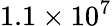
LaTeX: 1.1\times 10^{7}